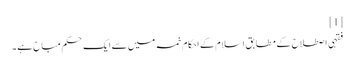
[1]
فقہی اصطلاح کے مطابق اسلام کے احکام خمسہ میں سے ایک حکم مباح ہے ۔